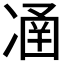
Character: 𠗴